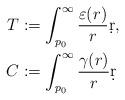
LaTeX: \begin{align*}T &:= \int_{p_0}^\infty \frac{\varepsilon(r)}{r}\d r,\\C &:= \int_{p_0}^\infty \frac{\gamma(r)}{r}\d r\end{align*}